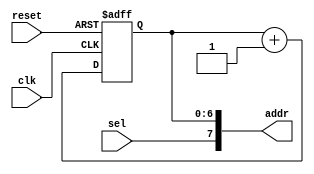
module AG (clk, reset, sel, addr);
input clk,reset,sel;
output wire [7:0] addr;
reg [6:0] count;

always @ (posedge clk or negedge reset)
begin
 if (reset == 1'd0)               //reset=0resetaddress generator
	 count <= 0;
  else                      
    count <= count + 1;           //clkcount+1
 end
 

assign addr = {sel,count};        //sel
	                               //sel=0
endmodule                         //sel=1128